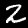
Digit: 2